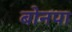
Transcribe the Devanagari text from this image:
बोनपा